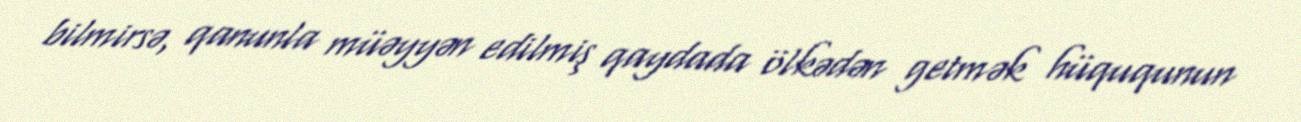
bilmirsə, qanunla müəyyən edilmiş qaydada ölkədən getmək hüququnun